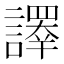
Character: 𧬳